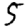
Digit: 5